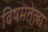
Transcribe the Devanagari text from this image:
विषमतेला